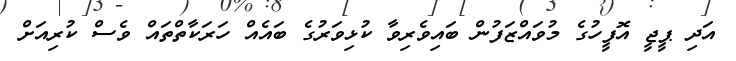
އަދި ޕީޖީ އޮފީހުގެ މުވައްޒަފުން ބައިވެރިވާ ކުޅިވަރުގެ ބައެއް ހަރަކާތްތައް ވެސް ކުރިއަށް